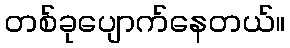
တစ်ခုပျောက်နေတယ်။